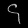
Digit: ၄